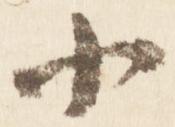
小